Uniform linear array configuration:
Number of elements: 8
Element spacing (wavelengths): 0.5
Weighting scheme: binomial
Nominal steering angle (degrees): -60
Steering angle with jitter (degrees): -59.661
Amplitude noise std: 0.05
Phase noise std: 0.05

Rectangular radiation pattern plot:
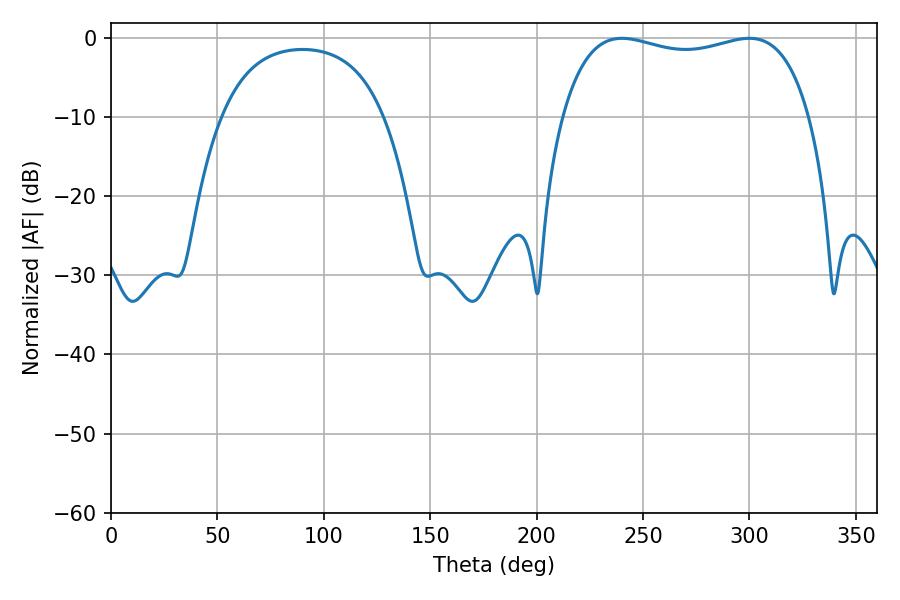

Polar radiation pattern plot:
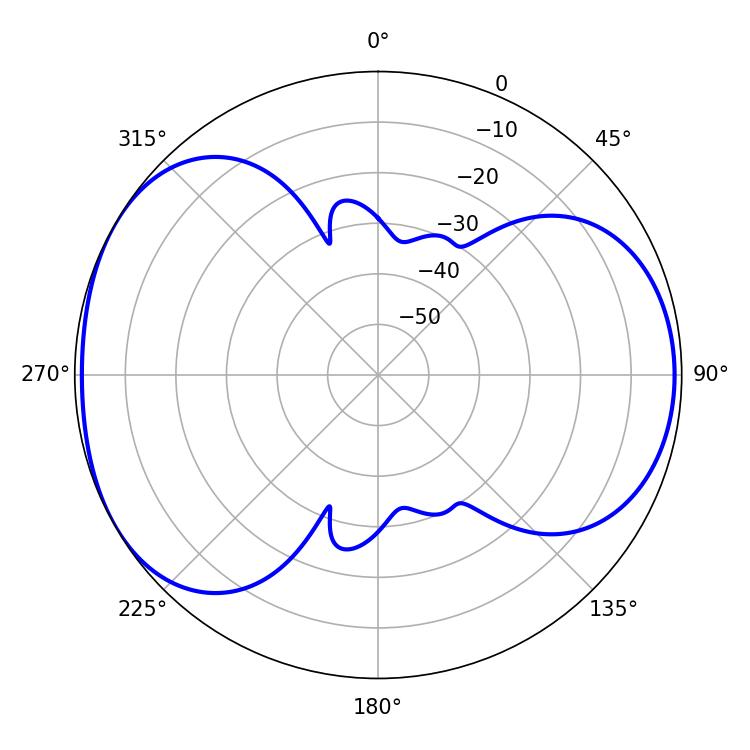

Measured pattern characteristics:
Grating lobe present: FALSE
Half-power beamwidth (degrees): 94.68
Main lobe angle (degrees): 240.12